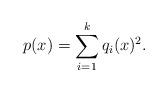
LaTeX: \begin{align*} p(x) = \sum_{i = 1}^k q_i(x)^2. \end{align*}